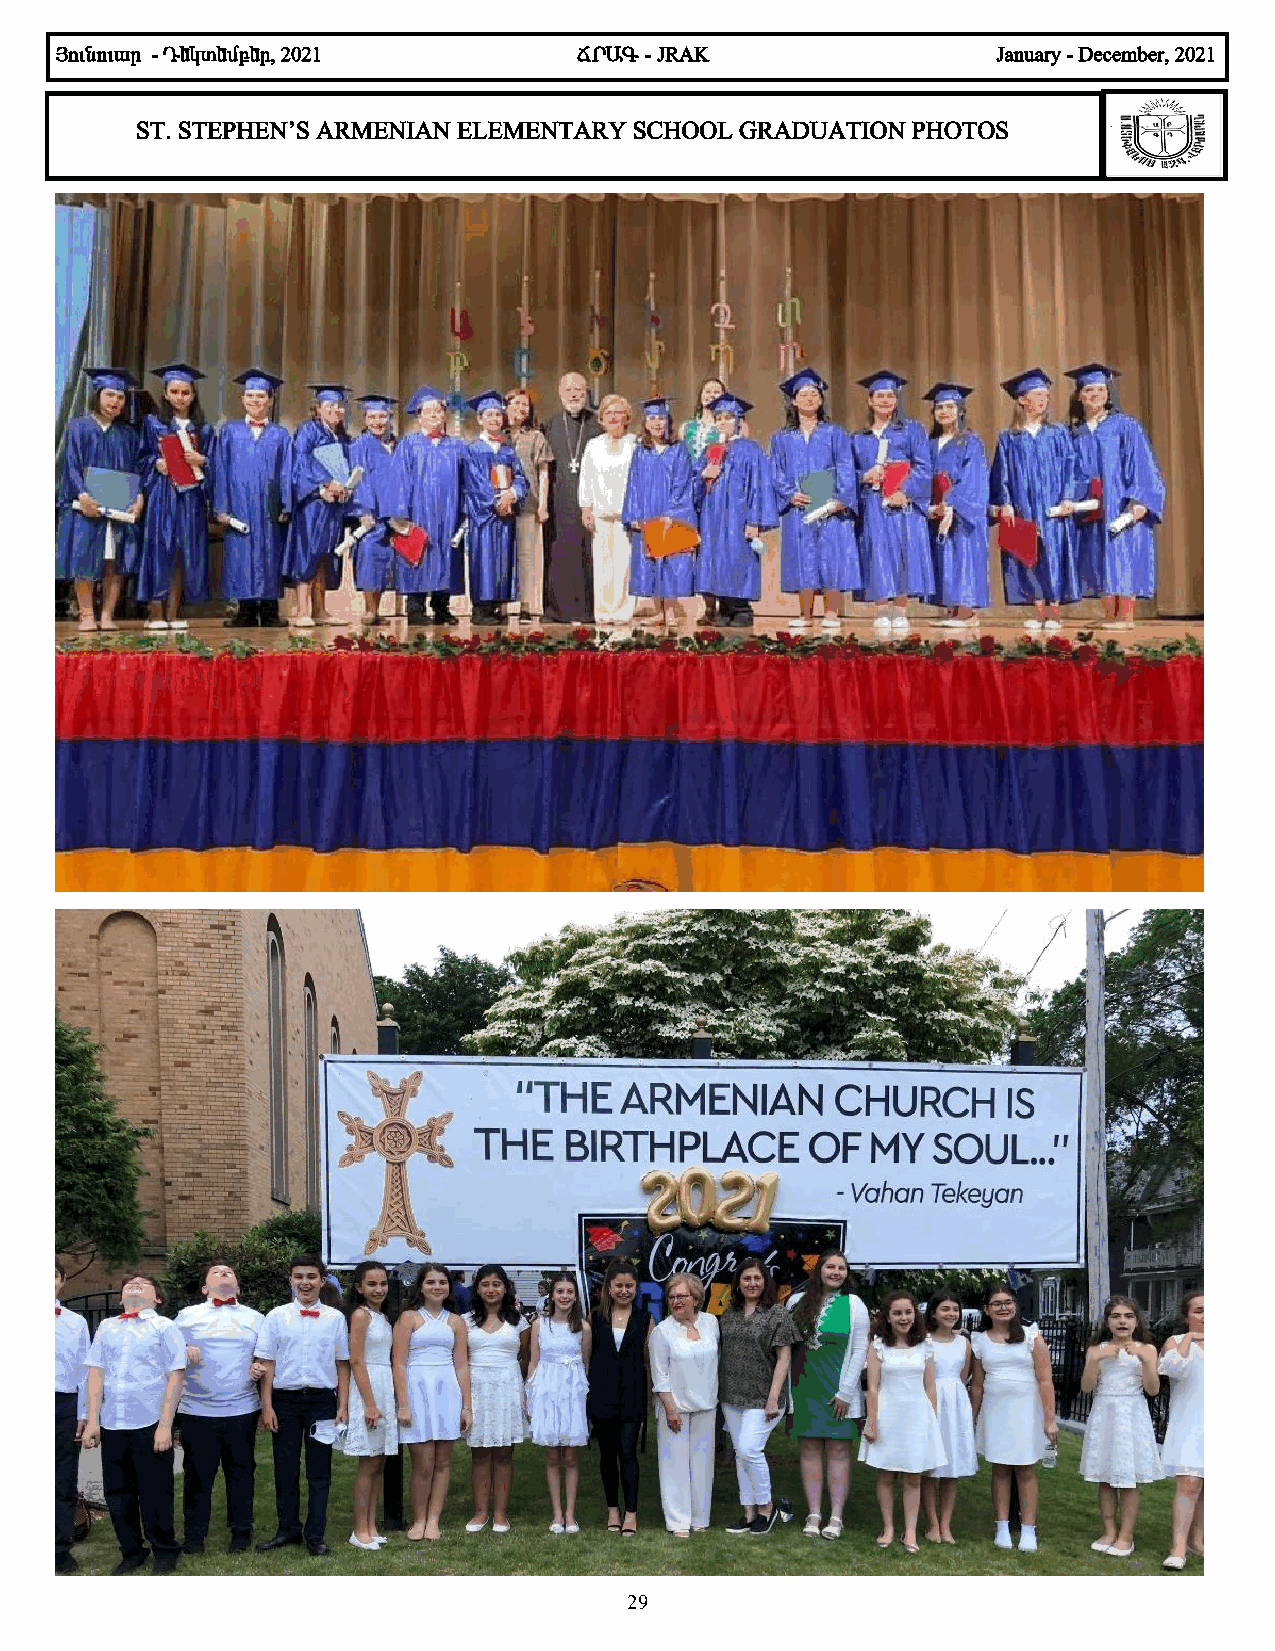
ÚáõÝáõ³ñ - ¸»Ïï»Ùµ»ñ, 2021        Öð²¶ - JRAK                 January - December, 2021
 ST. STEPHEN’S ARMENIAN ELEMENTARY SCHOOL GRADUATION PHOTOS
 29